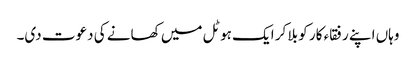
وہاں اپنے رفقاء کار کو بلا کر ایک ہوٹل میں کھانے کی دعوت دی۔